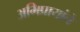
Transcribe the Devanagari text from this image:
अभिप्रायांचे